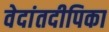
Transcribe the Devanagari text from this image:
वेदांतदीपिका